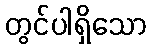
တွင်ပါရှိသော